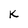
Character: K